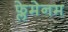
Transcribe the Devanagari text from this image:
फ्लेमेनम